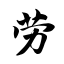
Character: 劳